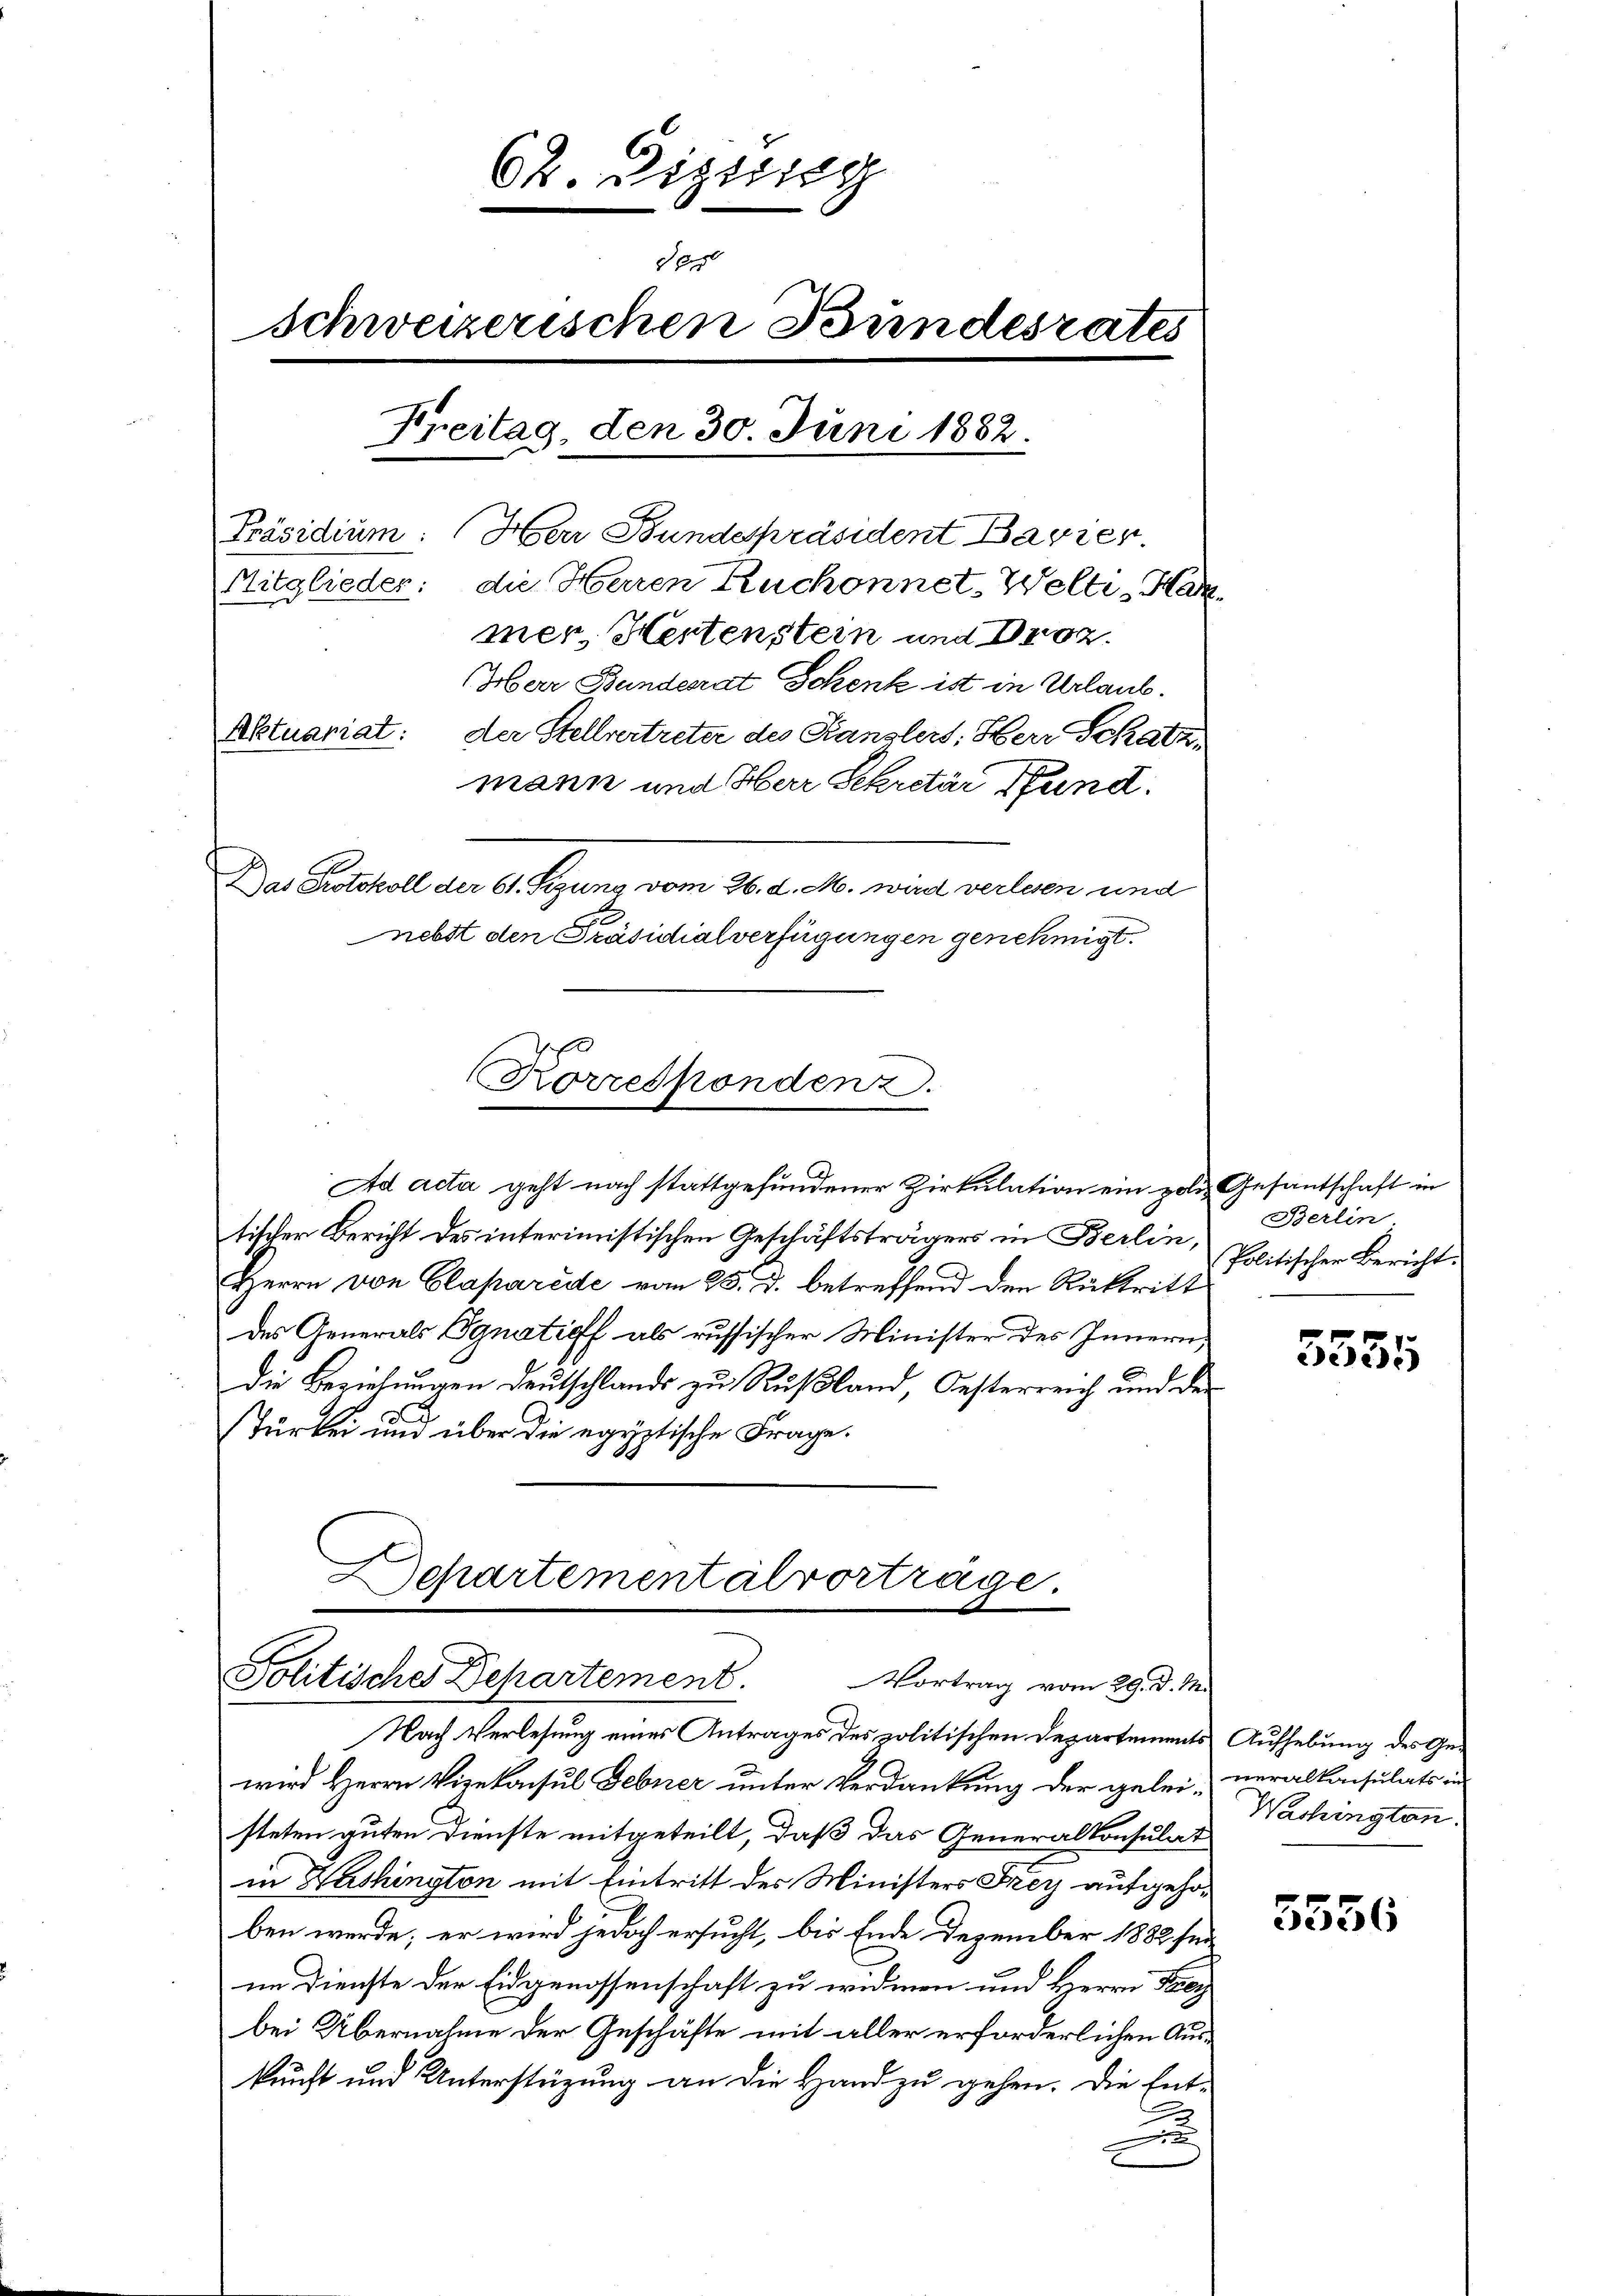
62. Diesig
den
Schweizerischen Bundesrates
Freitag, den 30. Juni 1882.
Präsidium: Herr Bundespräsident Bavier.
Mitglieder: die Herren Ruchonnet-Welti, Har
mer. Hertenstein und Droz.
Oberr Bundesrat Schenk ist in Urlaub.
Aktuariat: der Stellvertreter des Kanzlers, Herr Schatz,
mann und Herr Sekretär Fund.
s
Das Protokoll der 61. Sizung vom 26. d. M. wird verlesen und
bl.
nebst den Präsidialverfügungen genehmigt

Ad acta geht nach stattgefundener Zirkulation ein zoli Gesantschaft in
tischer Bericht des interimistischen Geschäftsträgers in Berlin,
Herrn von Glaparede vom 25. d. betreffend den Rücktritt
des Generals Ignatieff als russischer Minister des Innern,
Die Beziehungen Deutschlands zu Rußland, Oesterreich und der
Turbei und über die egyptische Frage.

Korrespondenz.

Schartementalvorträge.
Politisches Dehartement. Vortrag vom 29. d. M.

Nach Verlesung eines Antrages des politischen Departements
wird Herrn Vizekonsul Febner unter Verdankung der gelei- neralkonsulats in
steten guten Dienste mitgeteilt, daß das Generalkonsulat
in Washington mit Eintritt des Ministers Frey aufgehoben werde; er wird jedoch ersucht, bis Ende Dezember 1882 für
im Dienste der Eidgenossenschaft zu widmen und Herrn Frey
bei Übernahme der Geschäfte mit aller erforderlichen Auskunft und Unterstüzung an die Hand zu gehen. Die Ent-
.

Berlin
Politischer Bericht.

5555

Aufhebung des Ge-
Washingten.

5556